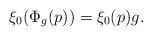
LaTeX: \begin{align*}\xi_0(\Phi_g(p))=\xi_0(p)g.\end{align*}